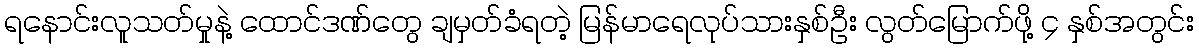
ရနောင်းလူသတ်မှုနဲ့ ထောင်ဒဏ်တွေ ချမှတ်ခံရတဲ့ မြန်မာရေလုပ်သားနှစ်ဦး လွတ်မြောက်ဖို့ ၄ နှစ်အတွင်း